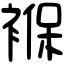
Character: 褓